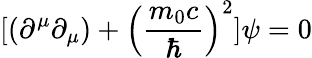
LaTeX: [(\partial^{\mu}\partial_{\mu})+\left({\frac{m_{0}c}{\hbar}}\right)^{2}]\psi=0